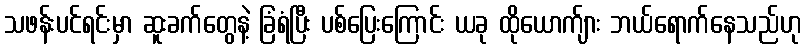
သဖန်းပင်ရင်းမှာ ဆူးခက်တွေနဲ့ ခြံရံပြီး ပစ်ပြေးကြောင်း ယခု ထိုယောက်ျား ဘယ်ရောက်နေသည်ဟု